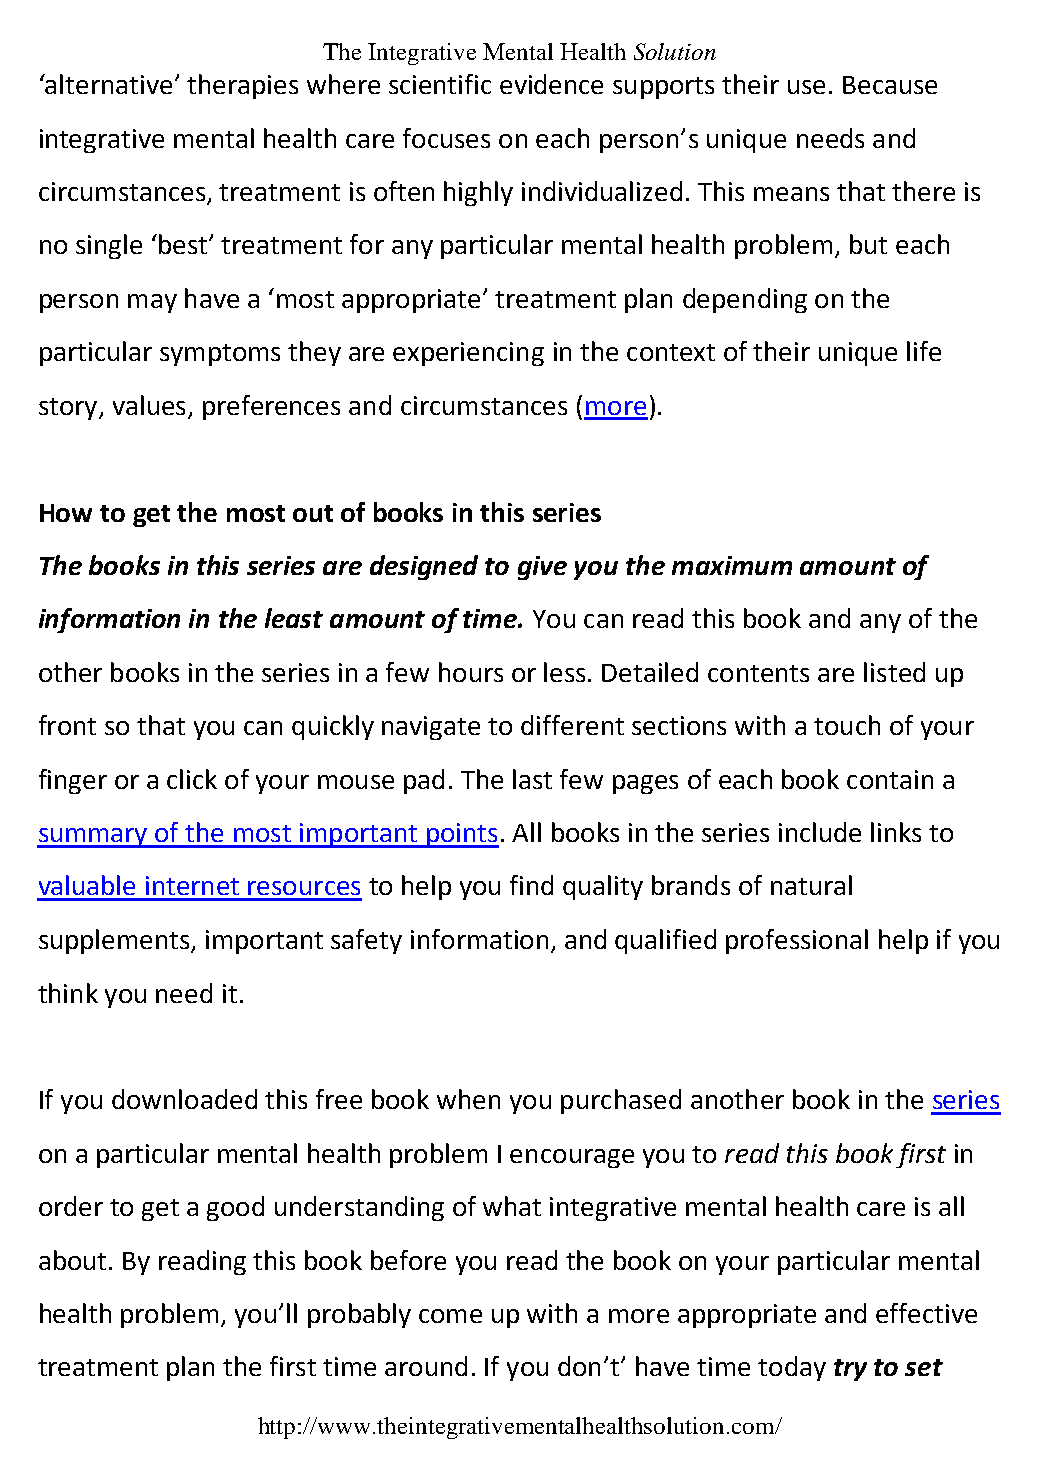
The Integrative Mental Health Solution
 ‘alternative’ therapies where scientific evidence supports their use. Because
 integrative mental health care focuses on each person’s unique needs and
 circumstances, treatment is often highly individualized. This means that there is
 no single ‘best’ treatment for any particular mental health problem, but each
 person may have a ‘most appropriate’ treatment plan depending on the
 particular symptoms they are experiencing in the context of their unique life
 story, values, preferences and circumstances (more).
 How  to get the most out of books in this series
 The books in this series are designed to give you the maximum amount of
 information in the least amount of time. You can read this book and any of the
 other books in the series in a few hours or less. Detailed contents are listed up
 front so that you can quickly navigate to different sections with a touch of your
 finger or a click of your mouse pad. The last few pages of each book contain a
 summary of the most important points. All books in the series include links to
 valuable internet resources to help you find quality brands of natural
 supplements, important safety information, and qualified professional help if you
 think you need it.
 If you downloaded this free book when you purchased another book in the series
 on a particular mental health problem I encourage you to read this book first in
 order to get a good understanding of what integrative mental health care is all
 about. By reading this book before you read the book on your particular mental
 health problem, you’ll probably come up with a more appropriate and effective
 treatment plan the first time around. If you don’t’ have time today try to set
 http://www.theintegrativementalhealthsolution.com/